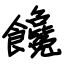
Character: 馋